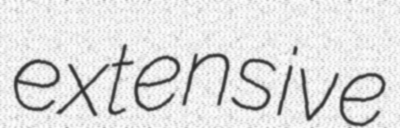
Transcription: extensive